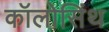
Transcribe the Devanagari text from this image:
कॉलोसिंथ